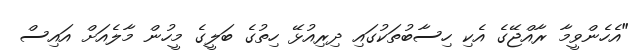
"އެހެންވީމާ ރާއްޖޭގެ އެކި ހިސާބުތަކުގައި ދިރިއުޅޭ ހިތުގެ ބަލީގެ މީހުން މާލެއަށް އައިސް